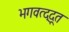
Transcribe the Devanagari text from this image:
भगवत्द्दूत